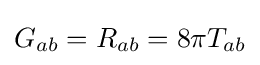
G_{ab}=R_{ab}=8\pi T_{ab}